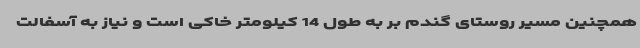
همچنین مسیر روستای گندم بر به طول 14 کیلومتر خاکی است و نیاز به آسفالت